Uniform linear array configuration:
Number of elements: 8
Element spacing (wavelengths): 0.75
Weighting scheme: hann
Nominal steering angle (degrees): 45
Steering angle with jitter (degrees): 45.851
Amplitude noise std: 0.05
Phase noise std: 0.05

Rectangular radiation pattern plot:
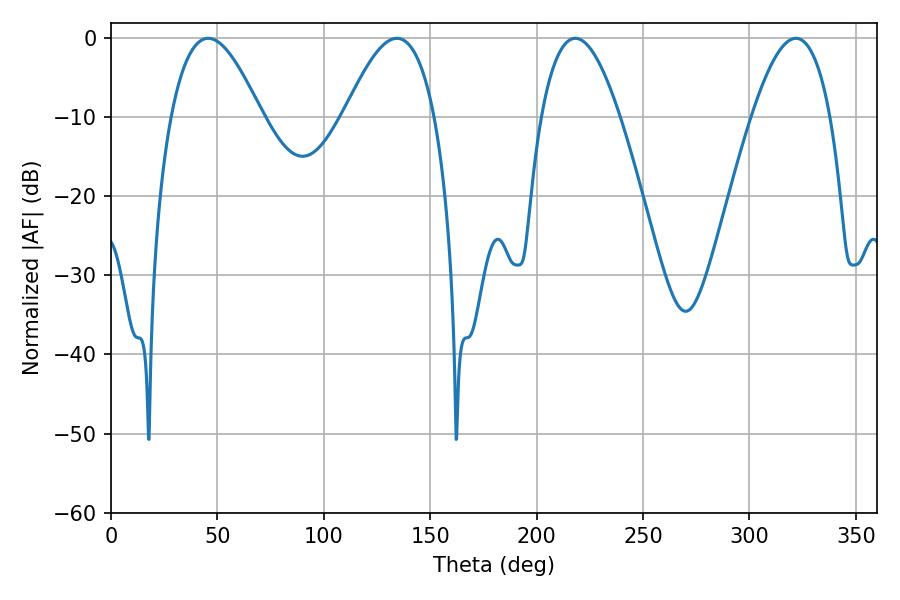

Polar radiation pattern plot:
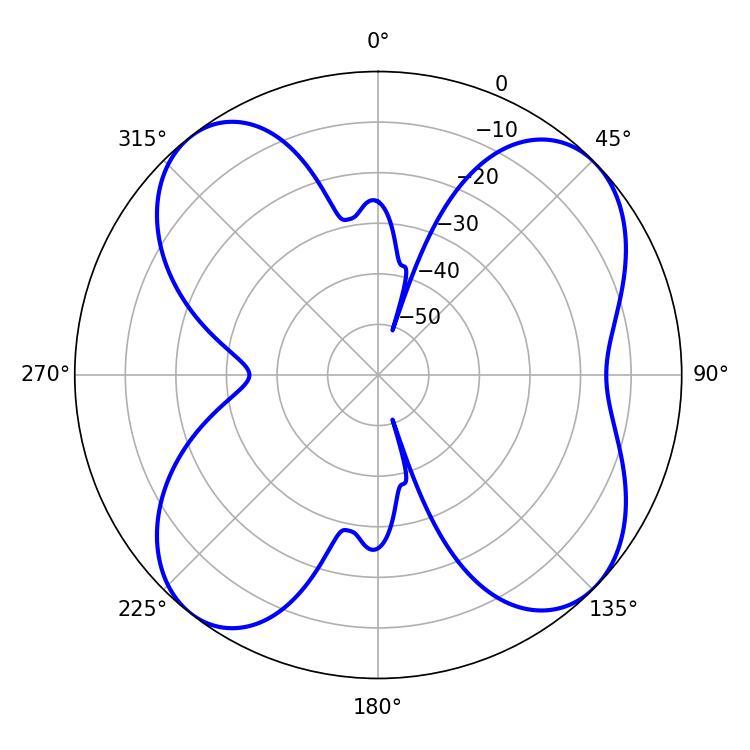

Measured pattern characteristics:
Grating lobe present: TRUE
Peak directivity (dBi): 10.512
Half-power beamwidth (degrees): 20.16
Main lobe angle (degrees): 218.16